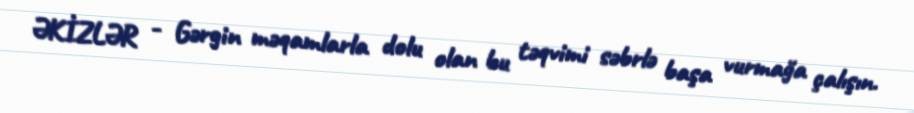
ƏKİZLƏR - Gərgin məqamlarla dolu olan bu təqvimi səbrlə başa vurmağa çalışın.